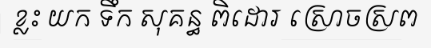
ខ្លះ យក ទឹក សុគន្ធ ពិដោរ ស្រោចស្រព